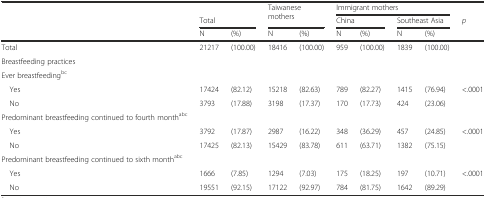
<table><thead><tr><td></td><td></td><td></td><td rowspan="2" colspan="2"><b>Taiwanese mothers</b></td><td colspan="4"><b>Immigrant mothers</b></td><td></td></tr><tr><td></td><td colspan="2"><b>Total</b></td><td colspan="2"><b>China</b></td><td colspan="2"><b>Southeast Asia</b></td><td><b><i>p</i></b></td></tr><tr><td></td><td><b>N</b></td><td><b>(%)</b></td><td><b>N</b></td><td><b>(%)</b></td><td><b>N</b></td><td><b>(%)</b></td><td><b>N</b></td><td><b>(%)</b></td><td></td></tr></thead><tbody><tr><td>Total</td><td>21217</td><td>(100.00)</td><td>18416</td><td>(100.00)</td><td>959</td><td>(100.00)</td><td>1839</td><td>(100.00)</td><td></td></tr><tr><td>Breastfeeding practices</td><td></td><td></td><td></td><td></td><td></td><td></td><td></td><td></td><td></td></tr><tr><td>Ever breastfeeding<sup>bc</sup></td><td></td><td></td><td></td><td></td><td></td><td></td><td></td><td></td><td></td></tr><tr><td> Yes</td><td>17424</td><td>(82.12)</td><td>15218</td><td>(82.63)</td><td>789</td><td>(82.27)</td><td>1415</td><td>(76.94)</td><td>&lt;.0001</td></tr><tr><td> No</td><td>3793</td><td>(17.88)</td><td>3198</td><td>(17.37)</td><td>170</td><td>(17.73)</td><td>424</td><td>(23.06)</td><td></td></tr><tr><td>Predominant breastfeeding continued to fourth month<sup>abc</sup></td><td></td><td></td><td></td><td></td><td></td><td></td><td></td><td></td><td></td></tr><tr><td> Yes</td><td>3792</td><td>(17.87)</td><td>2987</td><td>(16.22)</td><td>348</td><td>(36.29)</td><td>457</td><td>(24.85)</td><td>&lt;.0001</td></tr><tr><td> No</td><td>17425</td><td>(82.13)</td><td>15429</td><td>(83.78)</td><td>611</td><td>(63.71)</td><td>1382</td><td>(75.15)</td><td></td></tr><tr><td>Predominant breastfeeding continued to sixth month<sup>abc</sup></td><td></td><td></td><td></td><td></td><td></td><td></td><td></td><td></td><td></td></tr><tr><td> Yes</td><td>1666</td><td>(7.85)</td><td>1294</td><td>(7.03)</td><td>175</td><td>(18.25)</td><td>197</td><td>(10.71)</td><td>&lt;.0001</td></tr><tr><td> No</td><td>19551</td><td>(92.15)</td><td>17122</td><td>(92.97)</td><td>784</td><td>(81.75)</td><td>1642</td><td>(89.29)</td><td></td></tr></tbody></table>